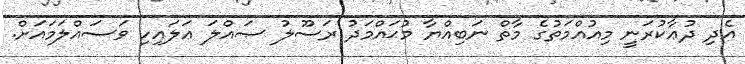
އެދި ދުޢާކުރަނީ މިއުއްމަތުގެ މާތް ނަބިއްޔާ މުޙައްމަދު ރަސޫލު ޞައްލަ ޢަލައިހި ވަސައްލަމައަށް.